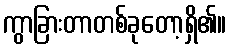
ကွာခြားတာတစ်ခုတော့ရှိ၏။